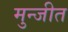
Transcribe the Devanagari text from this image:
मुन्जीत